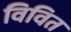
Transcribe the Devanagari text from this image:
विवित